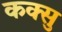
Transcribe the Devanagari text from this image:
कक्सु